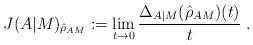
LaTeX: \begin{align*}J(A|M)_{\hat{\rho}_{AM}} := \lim_{t\to 0}\frac{\Delta_{A|M}(\hat{\rho}_{AM})(t)}{t}\;.\end{align*}